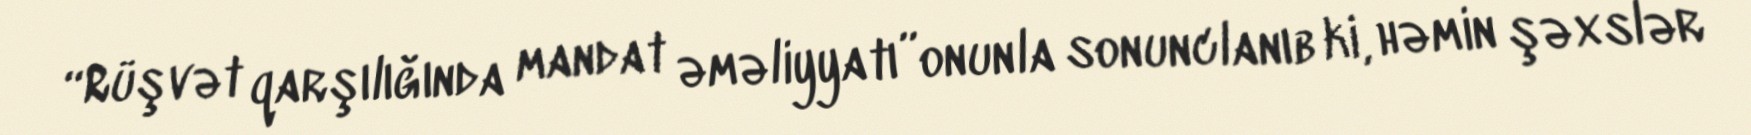
“Rüşvət qarşılığında mandat əməliyyatı”onunla sonunclanıb ki, həmin şəxslər